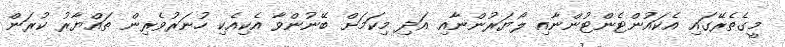
މީގެތެރޭގައި އެކައުންޓެންޓުންނާއި ލޯޔަރުންނާއި އަދި މިކަމަށް ބޭނުންވާ އެކިއެކި ހުނަރުވެރިން ތައްޔާރު ކުރަން